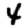
Digit: 4